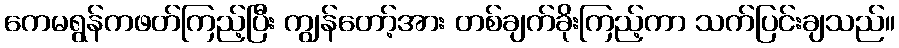
ကေမရွန်ကဖတ်ကြည့်ပြီး ကျွန်တော့်အား တစ်ချက်ခိုးကြည့်ကာ သက်ပြင်းချသည်။